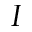
I